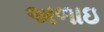
અળાઇ